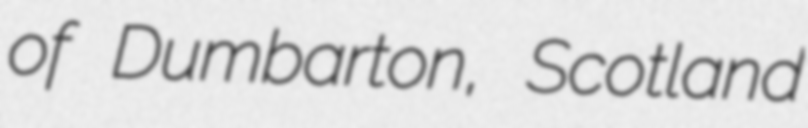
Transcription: of Dumbarton, Scotland